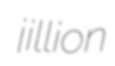
jillion